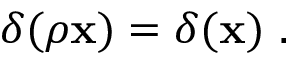
\delta ( \rho \mathbf { x } ) = \delta ( \mathbf { x } ) ~ .